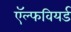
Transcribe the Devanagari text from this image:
ऍल्फवियर्ड